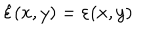
\hat { \varepsilon } ( x , y ) = \varepsilon ( x , y )